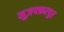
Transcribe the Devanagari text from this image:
मुज़फ्फ़रपुर